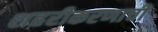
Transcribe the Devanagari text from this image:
शहरीकरणाची